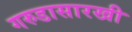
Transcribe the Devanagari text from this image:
गरुडासारखी